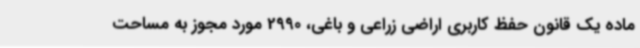
ماده یک قانون حفظ کاربری اراضی زراعی و باغی، 2990 مورد مجوز به مساحت